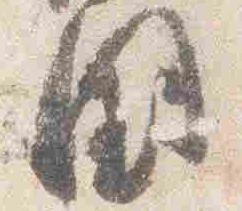
国